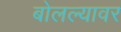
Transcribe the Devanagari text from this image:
बोलल्यावर